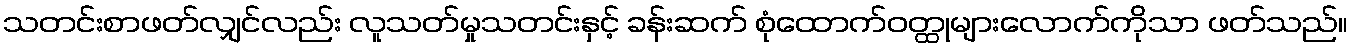
သတင်းစာဖတ်လျှင်လည်း လူသတ်မှုသတင်းနှင့် ခန်းဆက် စုံထောက်ဝတ္ထုများလောက်ကိုသာ ဖတ်သည်။